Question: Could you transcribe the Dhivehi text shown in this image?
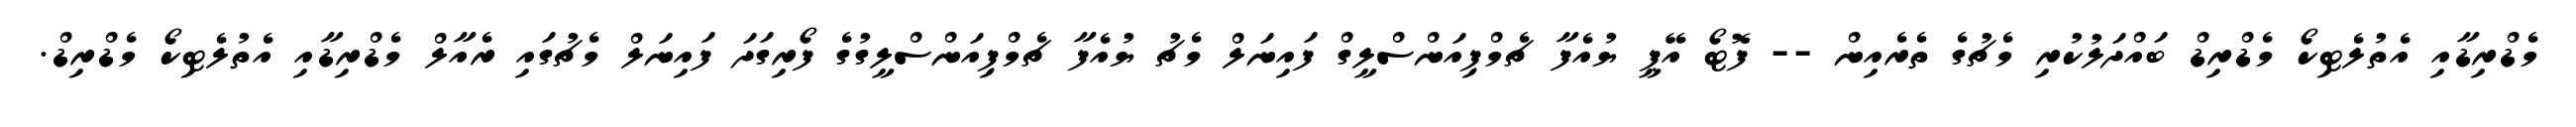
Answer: މެޑްރިޑާއި އެތުލެޓިކޯ މެޑްރިޑް ބައްދަލުކުރި މެޗުގެ ތެރެއިން -- ފޮޓޯ އޭޕީ ޔުއެފާ ޗެމްޕިއަންސްލީގް ފައިނަލް މެޗު ޔުއެފާ ޗެމްޕިއަންސްލީގުގެ ފޯރިގަދަ ފައިނަލް މެޗުގައި ރެއާލް މެޑްރިޑާއި އެތުލެޓިކޯ މެޑްރިޑް.